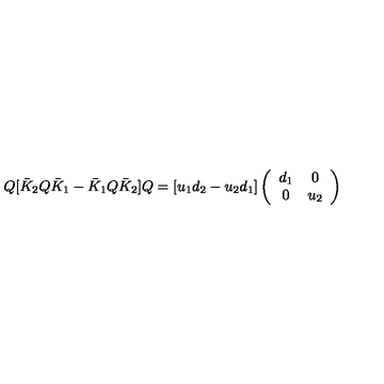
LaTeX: Q [ \bar { K } _ { 2 } Q \bar { K } _ { 1 } - \bar { K } _ { 1 } Q \bar { K } _ { 2 } ] Q = [ u _ { 1 } d _ { 2 } - u _ { 2 } d _ { 1 } ] \left( \begin{array} { c c } { d _ { 1 } } & { 0 } \\ { 0 } & { u _ { 2 } } \\ \end{array} \right)